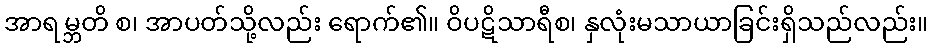
အာရမ္ဘတိ စ၊ အာပတ်သို့လည်း ရောက်၏။ ဝိပဋိသာရီစ၊ နှလုံးမသာယာခြင်းရှိသည်လည်း။